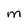
Character: M